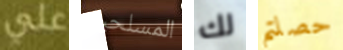
علي المسلحين لك حصلتم